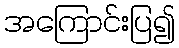
အကြောင်းပြ၍